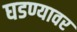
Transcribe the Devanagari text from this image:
घडण्यावर